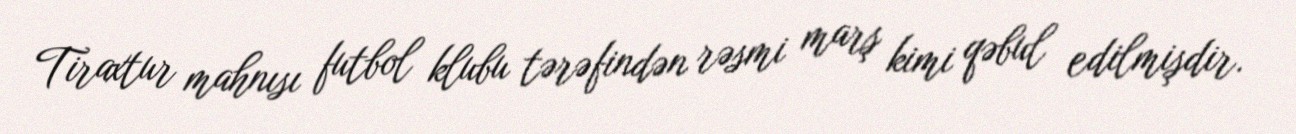
Tiraxtur mahnısı futbol klubu tərəfindən rəsmi marş kimi qəbul edilmişdir.